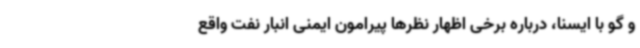
و گو با ایسنا، درباره برخی اظهار نظرها پیرامون ایمنی انبار نفت واقع